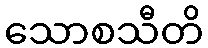
သောစသီတိ